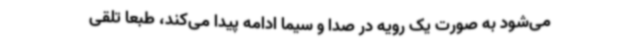
می‌شود به صورت یک رویه در صدا و سیما ادامه پیدا می‌کند، طبعا تلقی